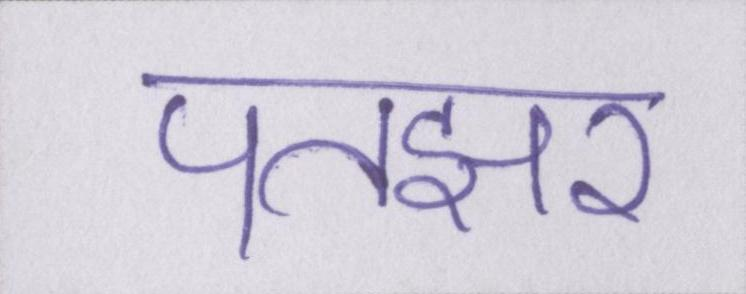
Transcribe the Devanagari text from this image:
पतझर